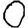
Digit: 0